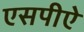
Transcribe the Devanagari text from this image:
एसपीऐ